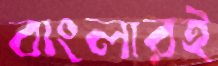
বাংলারই